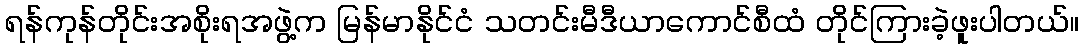
ရန်ကုန်တိုင်းအစိုးရအဖွဲ့က မြန်မာနိုင်ငံ သတင်းမီဒီယာကောင်စီထံ တိုင်ကြားခဲ့ဖူးပါတယ်။